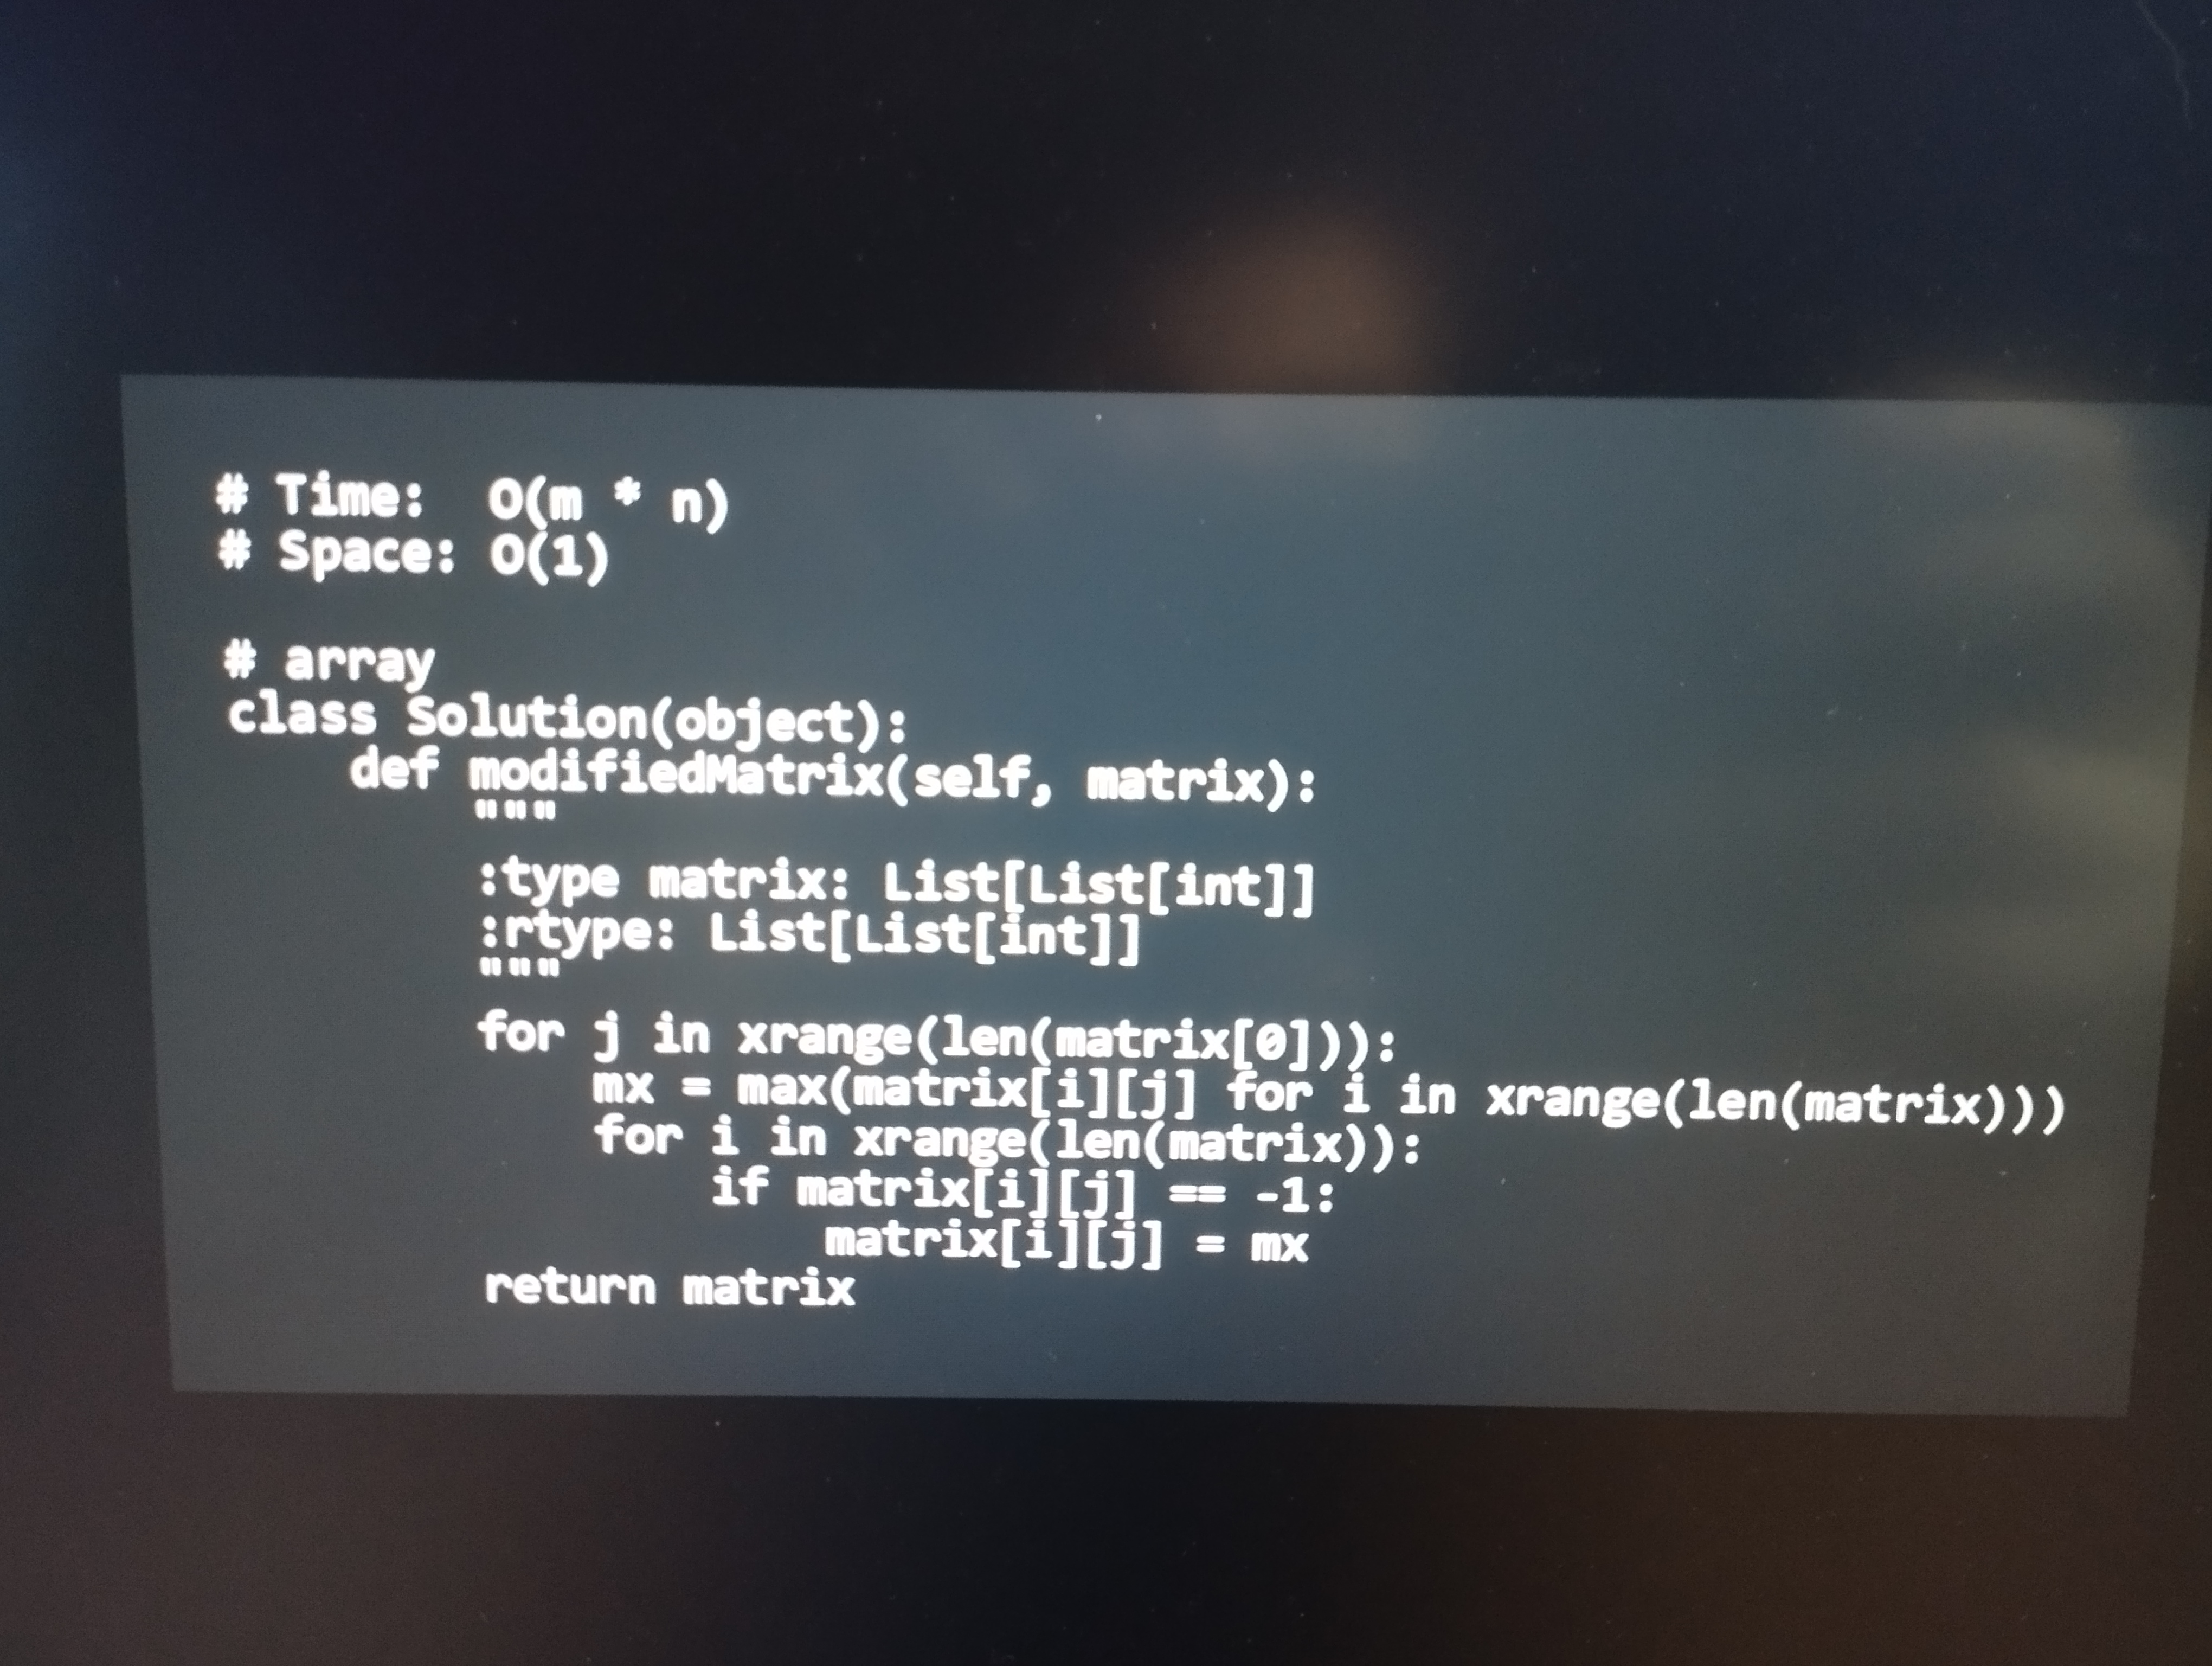
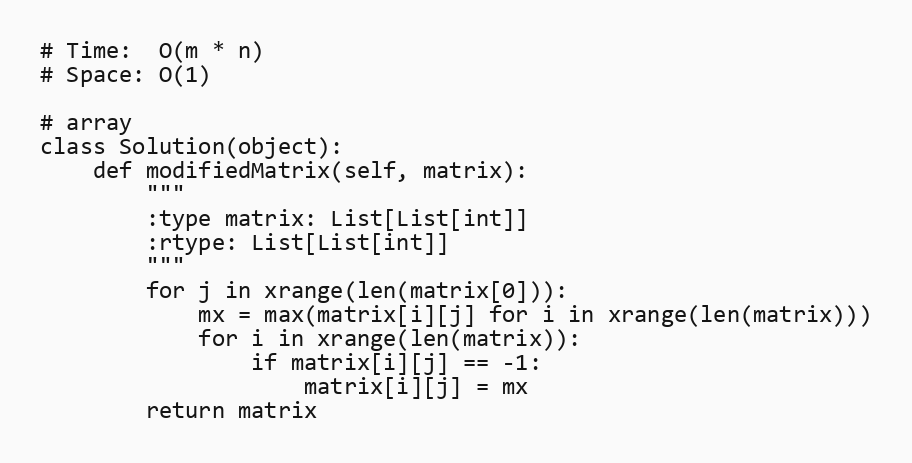
# Time:  O(m * n)
# Space: O(1)

# array
class Solution(object):
    def modifiedMatrix(self, matrix):
        """
        :type matrix: List[List[int]]
        :rtype: List[List[int]]
        """
        for j in xrange(len(matrix[0])):
            mx = max(matrix[i][j] for i in xrange(len(matrix)))
            for i in xrange(len(matrix)):
                if matrix[i][j] == -1:
                    matrix[i][j] = mx
        return matrix